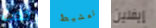
حدث تمشيط إيفلين